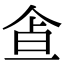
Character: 𩚃